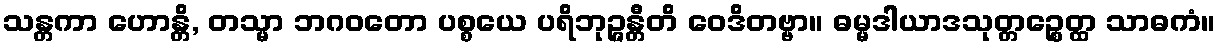
သန္တကာ ဟောန္တိ, တသ္မာ ဘဂဝတော ပစ္စယေ ပရိဘုဉ္ဇန္တီတိ ဝေဒိတဗ္ဗာ။ ဓမ္မဒါယာဒသုတ္တဉ္စေတ္ထ သာဓကံ။